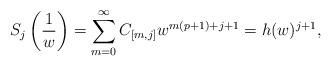
LaTeX: \begin{align*}S_{j}\left(\frac{1}{w}\right)=\sum_{m=0}^{\infty} C_{[m,j]} w^{m(p+1)+j+1}=h(w)^{j+1},\end{align*}